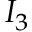
I _ { 3 }